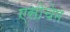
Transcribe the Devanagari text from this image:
एसोचेम